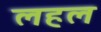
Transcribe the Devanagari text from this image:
लहल